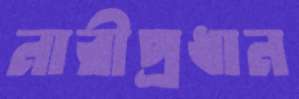
নারীপ্রধান